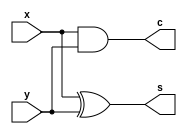
`timescale 1ns / 1ps
//////////////////////////////////////////////////////////////////////////////////
// Company: VaughansTech
// 
// Design Name: Half Adder
// Module Name: half_adder
// Project Name: 
// Target Devices: 
// Tool Versions: 
// Description: 
// 
// Dependencies: 
// 
// Revision:
// Revision 0.01 - File Created
// Additional Comments:
// 
//////////////////////////////////////////////////////////////////////////////////


module half_adder(
    input x, y,
    output c, s
    );
    
    assign s = x ^ y; // SUM logic X XOR Y
    assign c = x & y; // CARRY logic X AND Y
endmodule